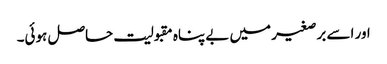
اور اسے برصغیر میں بے پناہ مقبولیت حاصل ہوئی۔